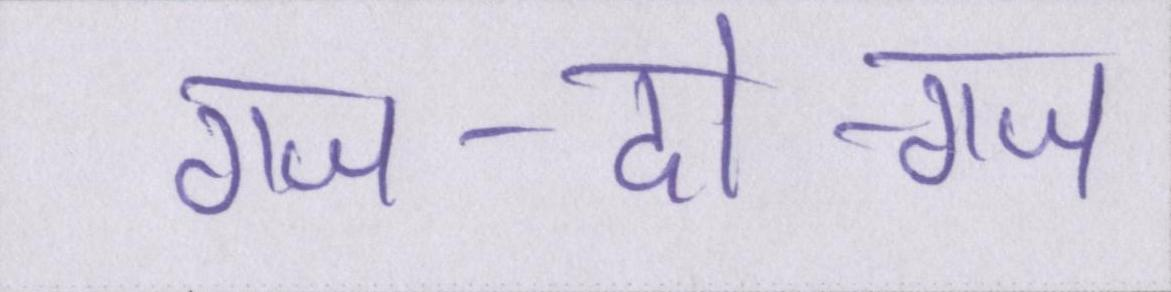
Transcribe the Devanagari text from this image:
गज-दो-गज